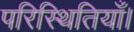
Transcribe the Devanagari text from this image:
परिस्थितियाँ।